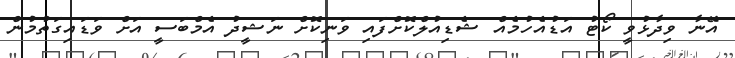
އޭނާ ވިދާޅުވީ ކޯޓު އަޑުއެހުމެއް ޝެޑިއުލްކޮށްފައި ވަނިކޮށް ނަޝީދު އެމްބަސީ އަށް ވަޑައިގަތުމުން